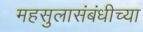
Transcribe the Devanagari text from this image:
महसुलासंबंधीच्या